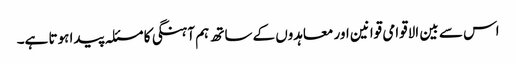
اس سے بین الاقوامی قوانین اور معاہدوں کے ساتھ ہم آہنگی کا مسئلہ پیدا ہوتا ہے۔